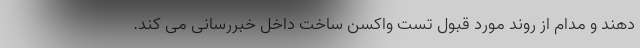
دهند و مدام از روند مورد قبول تست واکسن ساخت داخل خبررسانی می کند.